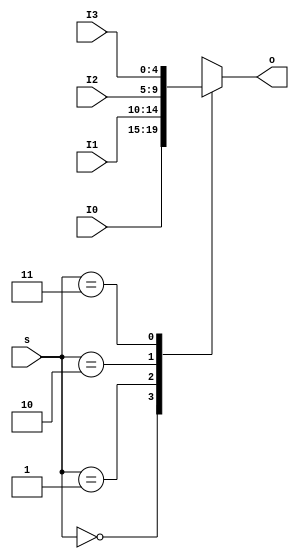
`timescale 1ns / 1ps
//////////////////////////////////////////////////////////////////////////////////
// Company: 
// Engineer: 
// 
// Design Name: 
// Module Name:    MUX4T1 
// Project Name: 
// Target Devices: 
// Tool versions: 
// Description: 
//
// Dependencies: 
//
// Revision: 
// Revision 0.01 - File Created
// Additional Comments: 
//
//////////////////////////////////////////////////////////////////////////////////
module MUX4T1_5(
    input [4:0] I0,
    input [4:0] I1,
    input [4:0] I2,
    input [4:0] I3,
    input [1:0] s,
    output reg [4:0] o
    );

    always @* 
        case (s)
            0: o <= I0;
            1: o <= I1;
            2: o <= I2;
            3: o <= I3;
        endcase

endmodule

module MUX4T1_32(
    input [31:0] I0,
    input [31:0] I1,
    input [31:0] I2,
    input [31:0] I3,
    input [1:0] s,
    output reg [31:0] o
    );

    always @* 
        case (s)
            0: o <= I0;
            1: o <= I1;
            2: o <= I2;
            3: o <= I3;
        endcase

endmodule